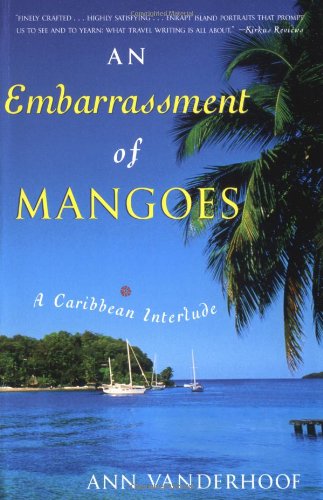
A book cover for An Embarrassment of Mangoes: A Caribbean Interlude; Ann Vanderhoof; Cookbooks, Food & Wine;